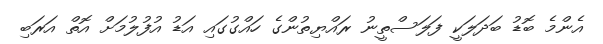
އެންމެ ބޮޑު ބަދަލަކީ ފަލަސްތީނު ރައްޔިތުންގެ ހައްގުގައި އަޑު އުފުލުމަށް އޮތް އަރަބި